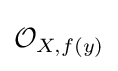
{\mathcal {O}}_{X,f(y)}